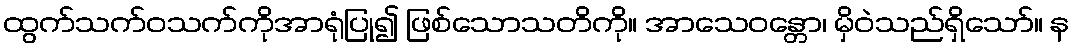
ထွက်သက်ဝသက်ကိုအာရုံပြု၍ ဖြစ်သောသတိကို။ အာသေဝန္တော၊ မှိဝဲသည်ရှိသော်။ န